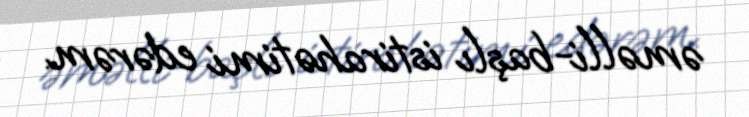
əməlli-başlı istirahətimi edərəm.